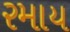
રમાય